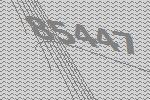
85447